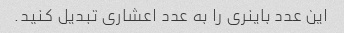
این عدد باینری را به عدد اعشاری تبدیل کنید.